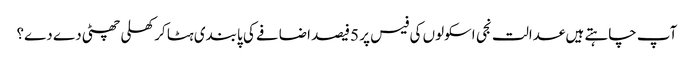
آپ چاہتے ہیں عدالت نجی اسکولوں کی فیس پر 5فیصد اضافے کی پابندی ہٹا کر کھلی چھٹی دے دے؟